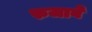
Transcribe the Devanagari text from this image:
रुजावे